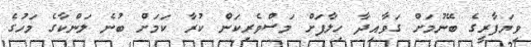
ވިޔަފާރީގެ ބޭނުމަށް ގަވާއިދާ ހިލާފަށް މަސްވެރިކަން ކުރާ ކަމަށް ބުނެ ލަންކާގެ މަހުގެ